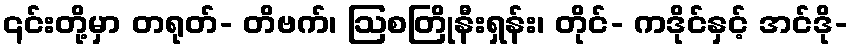
၎င်းတို့မှာ တရုတ်- တိဗက်၊ ဩစတြိုနီးရှန်း၊ တိုင်- ကဒိုင်နှင့် အင်ဒို-